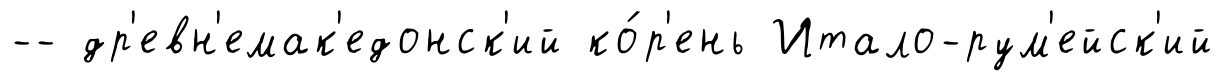
-- др'евн'емак'едонск'ий ко́р'ень Итало-рум'ейск'ий